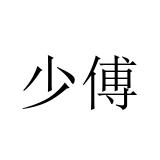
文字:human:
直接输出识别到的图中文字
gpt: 少傅